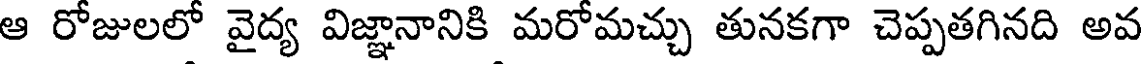
ఆ రోజులలో వైద్య విజ్ఞానానికి మరోమచ్చు తునకగా చెప్పతగినది అవ